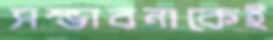
সম্ভাবনাকেই